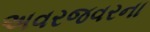
અવરજવરના